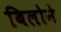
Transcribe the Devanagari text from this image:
बिलोने